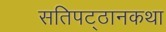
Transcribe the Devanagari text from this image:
सतिपट्ठानकथा